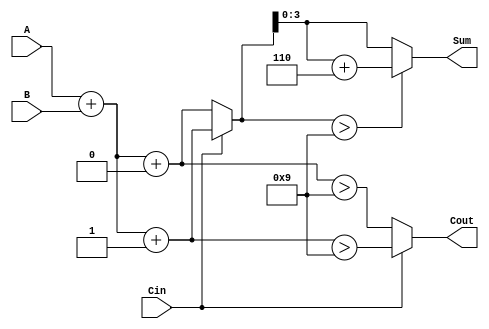
module BCD_MCSA (
    input [3:0] A,       // First BCD digit
    input [3:0] B,       // Second BCD digit
    input Cin,           // Carry-in
    output reg [3:0] Sum, // BCD Sum output
    output reg Cout       // Carry-out
);

    wire [4:0] S0;       // Sum when Cin = 0
    wire [4:0] S1;       // Sum when Cin = 1
    wire C0;             // Carry-out when Cin = 0
    wire C1;             // Carry-out when Cin = 1
    wire [4:0] SumSel;   // Selected sum after correction

    // Preliminary sum calculations
    assign S0 = A + B + 4'b0000; // S0 = A + B + 0
    assign S1 = A + B + 4'b0001; // S1 = A + B + 1

    // Carry generation
    assign C0 = (S0 > 4'b1001); // C0 = (A + B) > 9
    assign C1 = (S1 > 4'b1001); // C1 = (A + B + 1) > 9

    // Select the appropriate sum and carry based on Cin
    always @(*) begin
        if (Cin == 1'b0) begin
            SumSel = S0;
            Cout = C0;
        end else begin
            SumSel = S1;
            Cout = C1;
        end

        // BCD correction
        if (SumSel > 4'b1001) begin
            Sum = SumSel + 4'b0110; // Add 6 for BCD correction
        end else begin
            Sum = SumSel; // No correction needed
        end
    end

endmodule